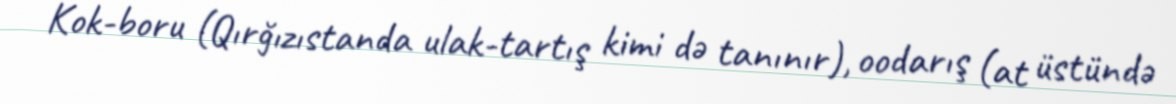
Kok-boru (Qırğızıstanda ulak-tartış kimi də tanınır), oodarış (at üstündə